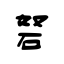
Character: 砮